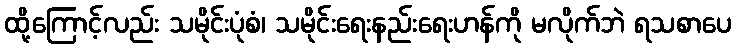
ထို့ကြောင့်လည်း သမိုင်းပုံစံ၊ သမိုင်းရေးနည်းရေးဟန်ကို မလိုက်ဘဲ ရသစာပေ